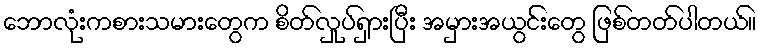
ဘောလုံးကစားသမားတွေက စိတ်လှုပ်ရှားပြီး အမှားအယွင်းတွေ ဖြစ်တတ်ပါတယ်။